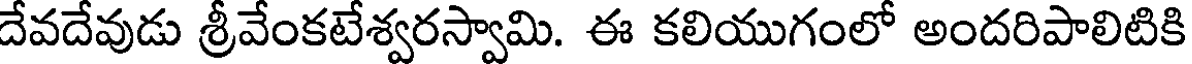
దేవదేవుడు శ్రీవేంకటేశ్వరస్వామి. ఈ కలియుగంలో అందరిపాలిటికి